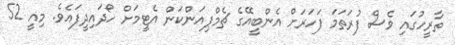
ތާރީހުގައި ވެސް ފުރަތަމަ ފަހަރަށް އެންބީއޭގެ ޗެމްޕިއަންކަން އެޓީމަށް ހޯދައިދީފައެވެ. މިއީ 52